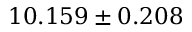
1 0 . 1 5 9 \pm 0 . 2 0 8